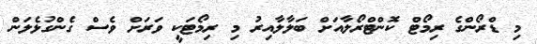
މި ޑްރޯންގެ ރިމޯޓް ކޮންޓްރޯލާއަށް ބަލާލާއިރު މި ރިމޯޓަކީ ވަރަށް ވެސް ގެންގުޅެލަން